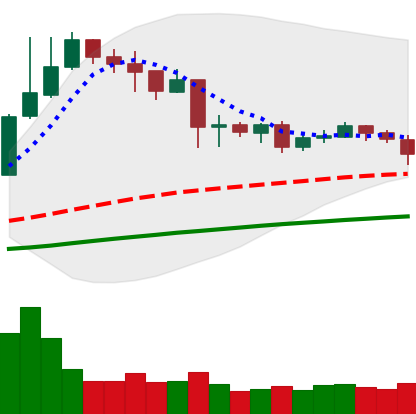
Ticker: NEO-USD
Chart end date: 2019-04-21
Forward return: -10.824%
Label: down_7plus